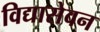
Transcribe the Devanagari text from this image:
विद्यासेवन